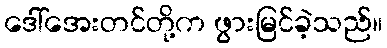
ဒေါ်အေးတင်တို့က ဖွားမြင်ခဲ့သည်။